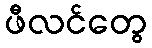
ဖီလင်တွေ